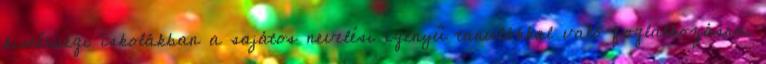
kistérségi iskolákban a sajátos nevelési igényű tanulókkal való foglalkozásra.